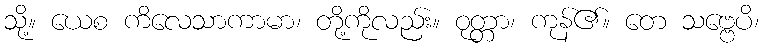
သို့။ ယေစ ကိလေသာကာမာ၊ တို့ကိုလည်း။ ဝုတ္တာ၊ ကုန်၏။ တေ သဗ္ဗေပိ၊